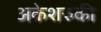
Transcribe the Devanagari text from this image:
अकेशरुकी